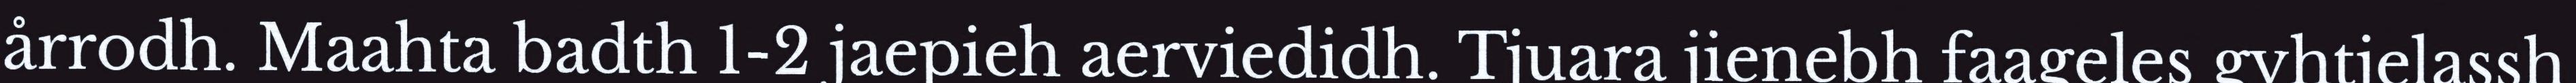
årrodh. Maahta badth 1-2 jaepieh aerviedidh. Tjuara jienebh faageles gyhtjelassh